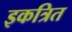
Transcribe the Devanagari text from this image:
इकत्रित